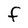
Character: f